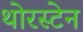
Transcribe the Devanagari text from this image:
थोरस्टेन